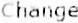
CHANGE